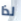
لذا